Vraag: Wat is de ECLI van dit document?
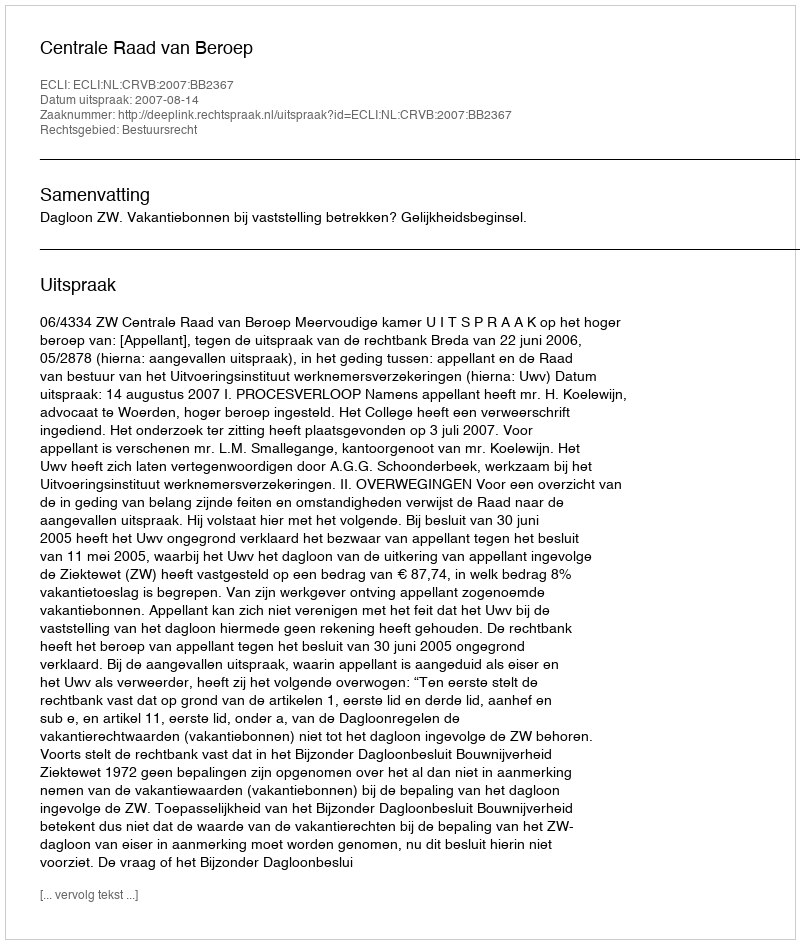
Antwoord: ECLI:NL:CRVB:2007:BB2367